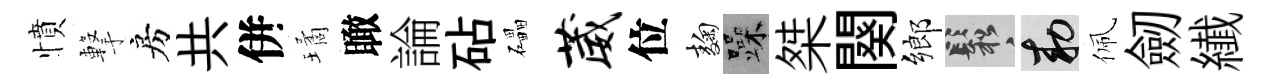
憤撃房共併璚瞰論砧礧葳位麹躁桀闋鄉鬆敕佩劒纎